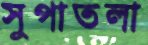
সুপাতলা